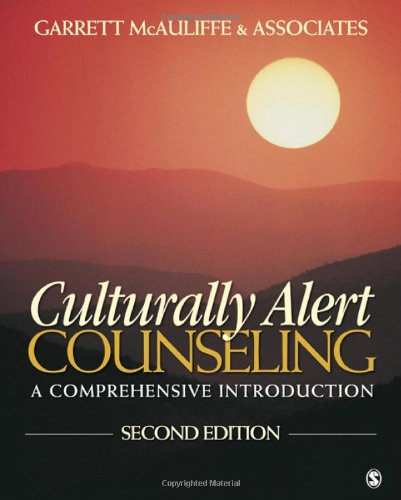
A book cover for Culturally Alert Counseling: A Comprehensive Introduction; Medical Books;